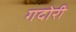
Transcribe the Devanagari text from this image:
गदोरी